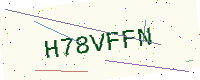
Text: H78VFFN